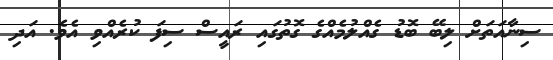
ސިނާއަތަށް ލިބޭ ބޮޑު ގެއްލުމެއްގެ ގޮތުގައި ރައީސް ސިފަ ކުރެއްވި އެވެ. އަދި